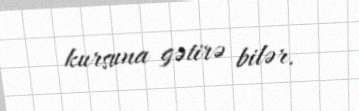
kursuna gətirə bilər.